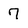
Character: 7